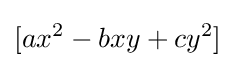
[ax^{2}-bxy+cy^{2}]